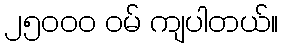
၂၅၀၀၀ ဝမ် ကျပါတယ်။